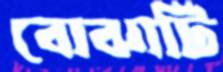
বোঝাটি